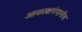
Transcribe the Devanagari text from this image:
आकाशगंगानीच